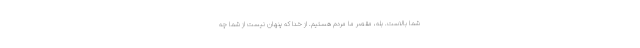
شما بالاست. بله، مقصر ما مردم هستیم. از خدا که پنهان نیست از شما چه